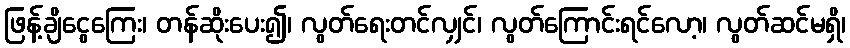
ဖြန့်ချိငွေကြေး၊ တန်ဆိုးပေး၍၊ လွတ်ရေးတင်လျှင်၊ လွတ်ကြောင်းရင်လော့၊ လွတ်ဆင်မရှိ၊